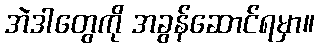
အဲဒါတွေကို အခွန်ဆောင်ရမှာ။